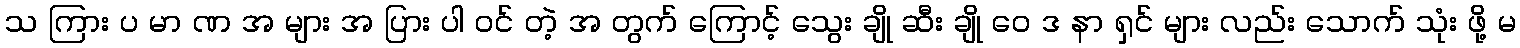
သ ကြား ပ မာ ဏ အ များ အ ပြား ပါ ဝင် တဲ့ အ တွက် ကြောင့် သွေး ချို ဆီး ချို ဝေ ဒ နာ ရှင် များ လည်း သောက် သုံး ဖို့ မ